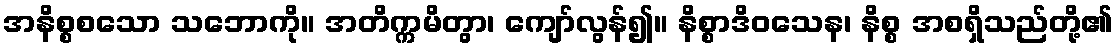
အနိစ္စစသော သဘောကို။ အတိက္ကမိတွာ၊ ကျော်လွန်၍။ နိစ္စာဒိဝသေန၊ နိစ္စ အစရှိသည်တို့၏